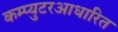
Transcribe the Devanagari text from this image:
कम्प्युटरआधारित